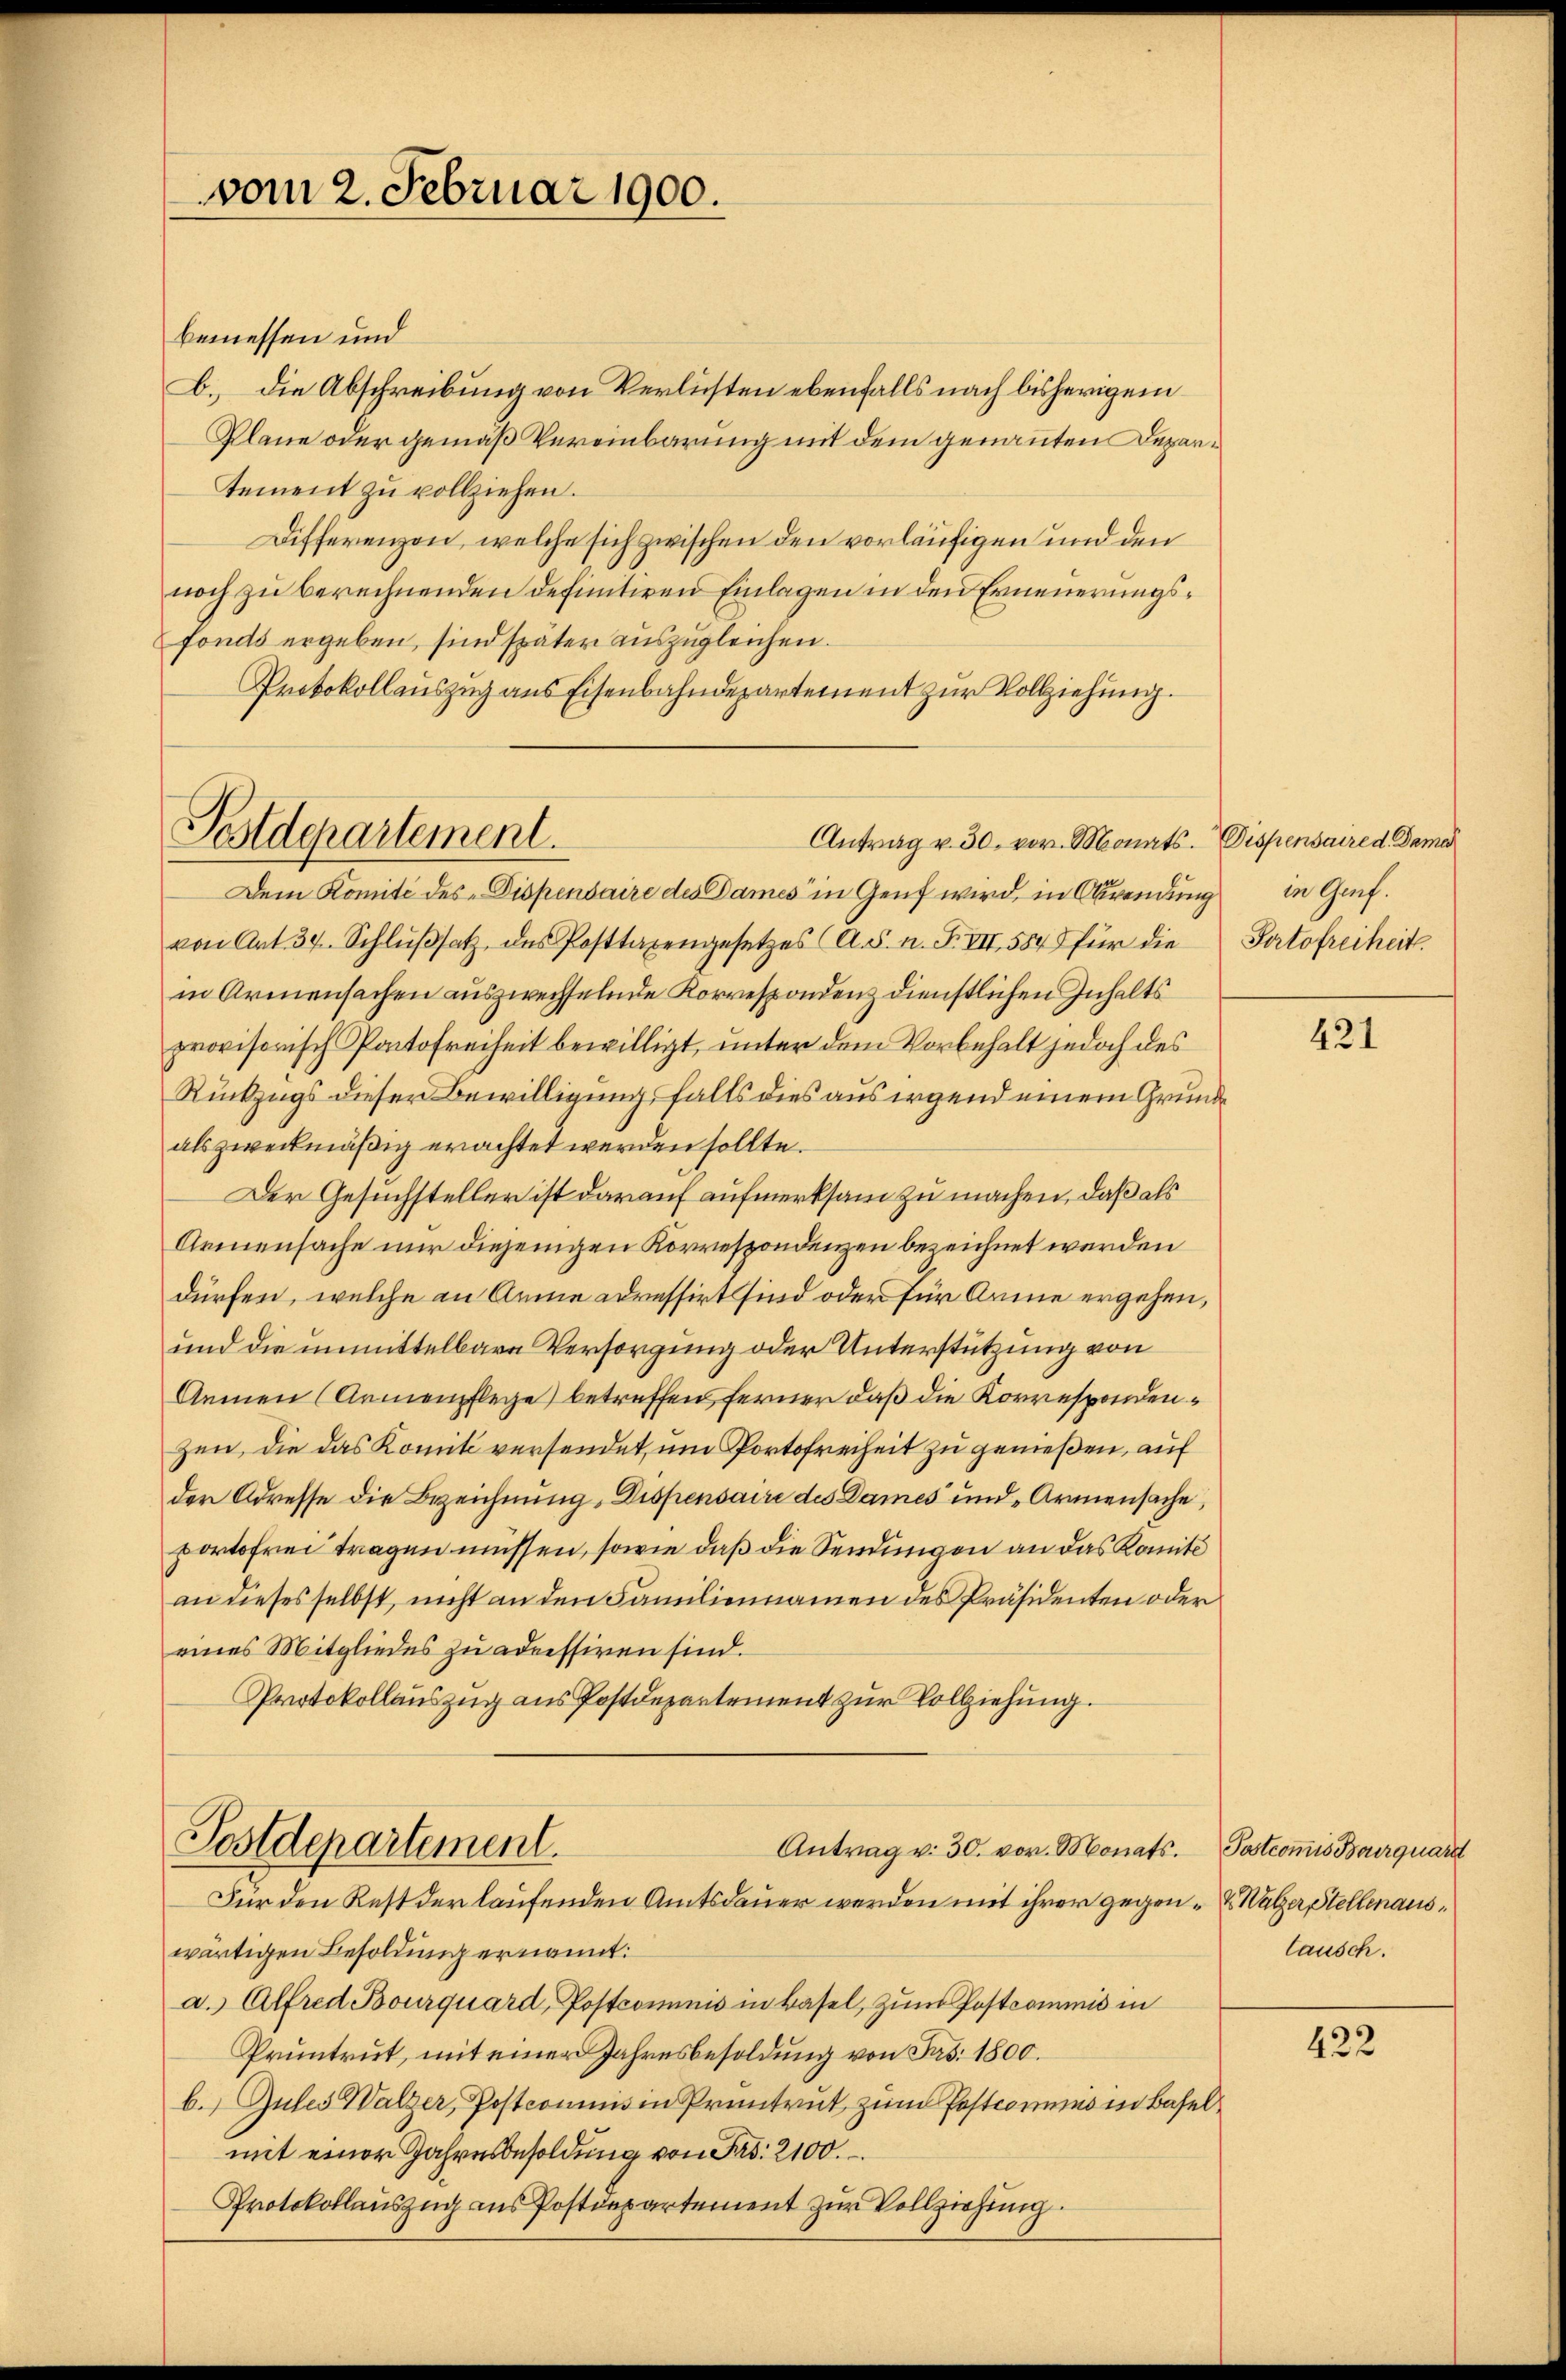
vom 2. Februar 1900.

bemessen und
b. die Abschreibung von Verlisten ebenfalls nach bisherigem
Plane oder gemäß Vereinbarung mit dem genannten Departement zu vollziehen.
Differenzon, welche sich zwischen den vorläufigen und den
noch zu berechnenden definitiven Einlagen in den Erneuerungsfonds ergeben, sind später auszugleichen.
Protokollauszug aus Eisenbahndepartement zur Vollziehung.

Dem Komité des Dispendaire des Dames in Genf wird, in Abwendung
von Art. 34. Schlŭβsatz des Posttaxengesetzes (A.S. n. F. VII, 584 für die
in Armensachen auszwechselnde Korrespondenz dienstlichen Inhalts
provisorisch Partofreiheit bewilligt, unter dem Vorbehalt jedoch des
Rückzugs dieser Bewilligung, falls dies aus irgend einem Grundals zweckmäßig erachtet werden sollte.
Der Gesuchsteller ist darauf aufmerksam zu machen, daß als
Armensache nur diejenigen Korrespondenzen bezeichnet werden
dürfen, welche an Annie adressirt sind oder für Arme ergehen,
und die unmittelbare Versorgung oder Unterstützung von
Aemen (Armenpflege betreffen ferner daß die Korrespondenzen, die das Komit versendet, um Portofreiheit zu genießen, auf
der Adresse die Bezeichnung, Dispensaire des Dames und „Armensache,
portofrei tragen müssen, sowie daß die Sendungen an das Komité
an dieses selbst, nicht an den Familiennamen des Präsidenten oder
eines Mitgliedes zu adressiren sind.
Protokollauszug aus Postdepartement zur Vollziehung.
Postdepartement.
Antrag u. 30. vor. Monats Postcomis Bourquard
Für den Rest der laufenden Amtsdauer werden mit ihrer gegen- & Walzer, Stellenauswärtigen Besoldung ernannt:
a. Alfred Bourquard, Postcommis in Basel, zum Postcommis in
Pruntrut, mit einer Jahresbesoldung von Frs. 1800.
b. Gutes Walzer, Postcommis in Pruntrut zum Postcommis in Basel
mit einer Jahresbesoldung von Frs. 2100.
Protokollauszug aus Postdepartement zur Vollziehung.

Festdepartement.
Antrag v. 30. vor. Monats Dispensaire d. Dame

in Genf.
Portofreiheit

421

lausch.

422